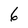
Character: 6